Annual administration report of the Civil Veterinary Department of India - 1896-1897
Year: 1896
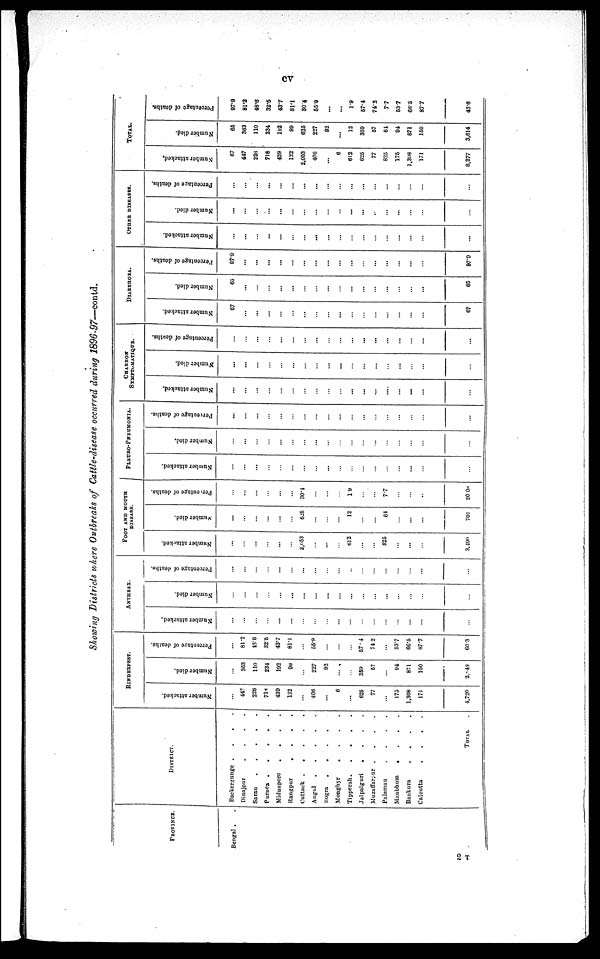
cv
Showing Districts where Outbreaks of Cattle-disease occurred during 1896-97—contd.
PROVINCE.
Bengal . .
DISTRICT.
Backergunge .
.
.
.
Dinajpur
.
.
.
.
Sarau
.
.
.
.
.
Puruca .
.
.
.
.
Midnapore
.
.
.
.
Rangpur . . . .
Cuttack
.
.
.
.
.
Angal
.
.
.
.
.
Bogra
.
.
.
.
Monghyr
.
.
.
.
Tipperah
.
.
.
.
.
Jalpaiguri
.
.
.
.
Muzaffarsur .
.
.
.
Palamau
.
.
.
.
Manbhum
.
.
.
.
Bankura
.
.
.
.
Calcutta
.
.
.
.
TOTAL
RINDERPEST.
Number attacked.
...
447
226
718
430
122
...
406
...
6
...
625
77
...
175
1,308
171
4,720
Number died.
...
363
110
234
192
99
...
227
92
...
...
359
67
...
94
871
150
2.48
Percentage
of deaths.
...
81.2
48.6
32.5
43.7
81.1
...
55.8
...
...
...
57.4
74.2
...
53.7
66.5
87.7
60.3
ANTHRAX.
Number attacked.
...
...
...
...
...
...
...
...
...
...
...
...
...
...
...
...
...
...
Number died.
...
...
...
...
...
...
...
...
...
...
...
...
...
...
...
...
...
...
Percentage of deaths.
...
...
...
...
...
...
...
...
...
...
...
...
...
...
...
...
...
...
FOOT AND MOUTH
DISEASE.
Number attacked.
...
...
...
...
...
...
2,653
...
...
...
612
...
...
825
...
...
...
3,100
Number died.
...
...
...
...
...
...
625
...
...
...
12
...
...
64
...
...
...
701
Percentage
of deaths.
...
...
...
...
...
...
30.4
...
...
...
1.9
...
...
7.7
...
...
...
20.08
PLEURO-PNEUMONIA.
Number attacked.
...
...
...
...
...
...
...
...
...
...
...
...
...
...
...
...
...
...
Number died.
...
...
...
...
...
...
...
...
...
...
...
...
...
...
...
...
...
...
Percentage of deaths.
...
...
...
...
...
...
...
...
...
...
...
...
...
...
...
...
...
...
CHARBON
SYMPTOMATIQUE.
Number attacked.
...
...
...
...
...
...
...
...
...
...
...
...
...
...
...
...
...
...
Number died.
...
...
...
...
...
...
...
...
...
...
...
...
...
...
...
...
...
...
Percentage of deaths.
...
...
...
...
...
...
...
...
...
...
...
...
...
...
...
...
...
...
DIABRHOEA.
Number attacked.
67
...
...
...
...
...
...
...
...
...
...
...
...
...
...
...
...
67
Number died.
65
...
...
...
...
...
...
...
...
...
...
...
...
...
...
...
...
65
Percentage of deaths.
97.9
...
...
...
...
...
...
...
...
...
...
...
...
...
...
...
...
97.9
OTHER DISEASES.
Number attacked.
...
...
...
...
...
...
...
...
...
...
...
...
...
...
...
...
...
...
Number died.
...
...
...
...
...
...
...
...
...
...
...
...
...
...
...
...
...
...
Percentage of deaths.
...
...
...
...
...
...
...
...
...
...
...
...
...
...
...
...
...
...
TOTAL.
Number attacked.
67
447
226
718
439
122
2,053
406
...
6
612
625
77
825
175
1,308
171
8,277
Number died.
65
363
110
234
192
99
625
227
92
...
12
359
57
64
94
871
160
3,614
Percentage of deaths.
97.9
81.2
48.6
32.5
43.7
81.1
80.4
65.9
...
...
1.9
57.4
74.2
7.7
53.7
66.5
87.7
43.6
2 T